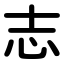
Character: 志